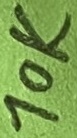
Text: 10K